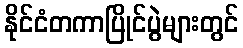
နိုင်ငံတကာပြိုင်ပွဲများတွင်